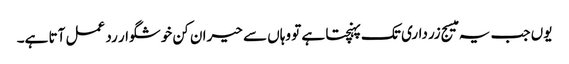
یوں جب یہ میسج زرداری تک پہنچتا ہے تو وہاں سے حیران کن خوشگوار رد عمل آتا ہے۔